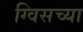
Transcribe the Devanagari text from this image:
ग्विसच्या